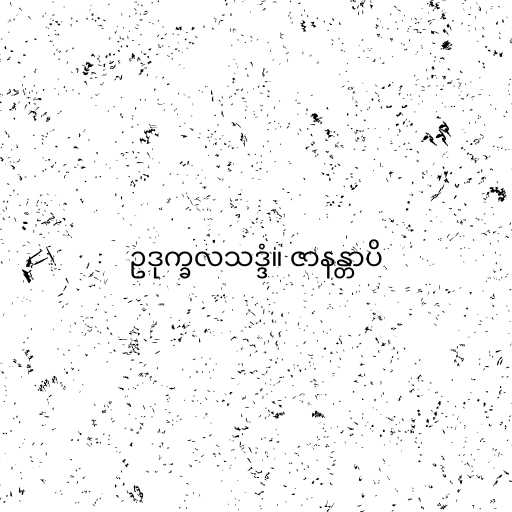
ဥဒုက္ခလသဒ္ဒံ။ ဇာနန္တာပိ